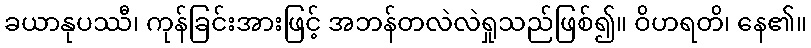
ခယာနုပဿီ၊ ကုန်ခြင်းအားဖြင့် အဘန်တလဲလဲရှုသည်ဖြစ်၍။ ဝိဟရတိ၊ နေ၏။